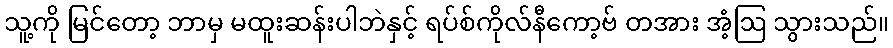
သူ့ကို မြင်တော့ ဘာမှ မထူးဆန်းပါဘဲနှင့် ရပ်စ်ကိုလ်နီကော့ဗ် တအား အံ့ဩ သွားသည်။